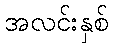
အလင်းနှစ်